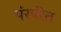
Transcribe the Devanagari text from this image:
पंरपंरेत